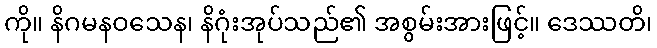
ကို။ နိဂမနဝသေန၊ နိဂုံးအုပ်သည်၏ အစွမ်းအားဖြင့်။ ဒေဿတိ၊